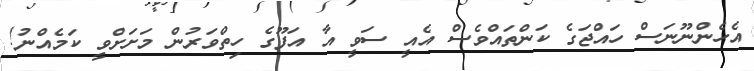
އެހެންނޫނަސް ހައްޖަގެ ކަންތައްވެސް އެއީ ސަވީ އާ އަފޫގެ ހިތްވަރުން މަށަށްވީ ކަމެއްނު!